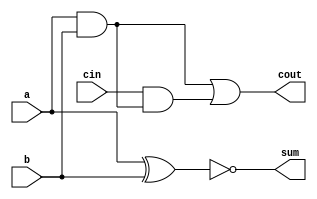
module full_adder7(a,b,cin,sum,cout);
input a,b,cin;
output sum,cout;
assign sum = a^b^1'b1;
assign cout = a&b|cin&(a&b); 
// initial begin
//     $display("The incorrect adder with xor1 having in2/1");
// end   
endmodule